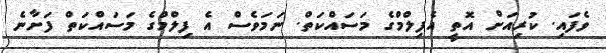
ވެފައި. ކުރިއަށް އޮތީ އެފިލްމްގެ މަސައްކަތް. ނަމަވެސް އެ ފިލްމްގެ މަސައްކަތް ފަށާނެ